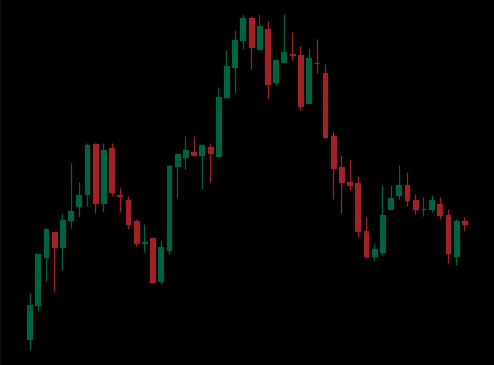
Pattern: head_shoulders